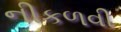
નીકળવી